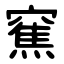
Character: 䆶